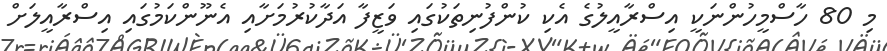
މި 80 ހާސްމީހުންނަކީ އިސްރާއީލުގެ އެކި ކުންފުނިތަކުގައި ވަޒީފާ އަދާކުރުމަށާއި އެނޫންކަމުގައި އިސްރާއީލަށް